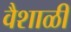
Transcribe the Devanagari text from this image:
वैशाळी